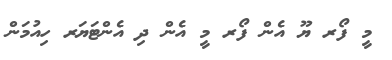
މީ ފޯރ ޔޫ އެން ފޯރ މީ އެން ދި އެންޓަޔަރ ހިއުމަން